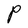
Character: P